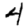
Digit: 4